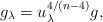
LaTeX: \begin{align*} g_{\lambda} = u_{\lambda}^{4/(n-4)}g,\end{align*}